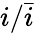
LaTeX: i/\bar{i}